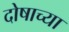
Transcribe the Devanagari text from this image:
दोषाच्या